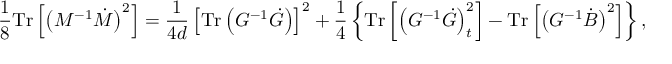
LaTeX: \frac { 1 } { 8 } \mathrm { T r } \left[ \left( M ^ { - 1 } \dot { M } \right) ^ { 2 } \right] = \frac { 1 } { 4 d } \left[ \mathrm { T r } \left( G ^ { - 1 } \dot { G } \right) \right] ^ { 2 } + \frac { 1 } { 4 } \left\{ \mathrm { T r } \left[ \left( G ^ { - 1 } \dot { G } \right) _ { t } ^ { 2 } \right] - \mathrm { T r } \left[ \left( G ^ { - 1 } \dot { B } \right) ^ { 2 } \right] \right\} ,